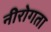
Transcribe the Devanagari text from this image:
नीरोगता